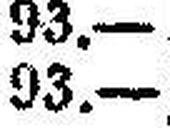
93.—